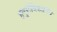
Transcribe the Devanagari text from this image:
हनुसंधिकास्थि